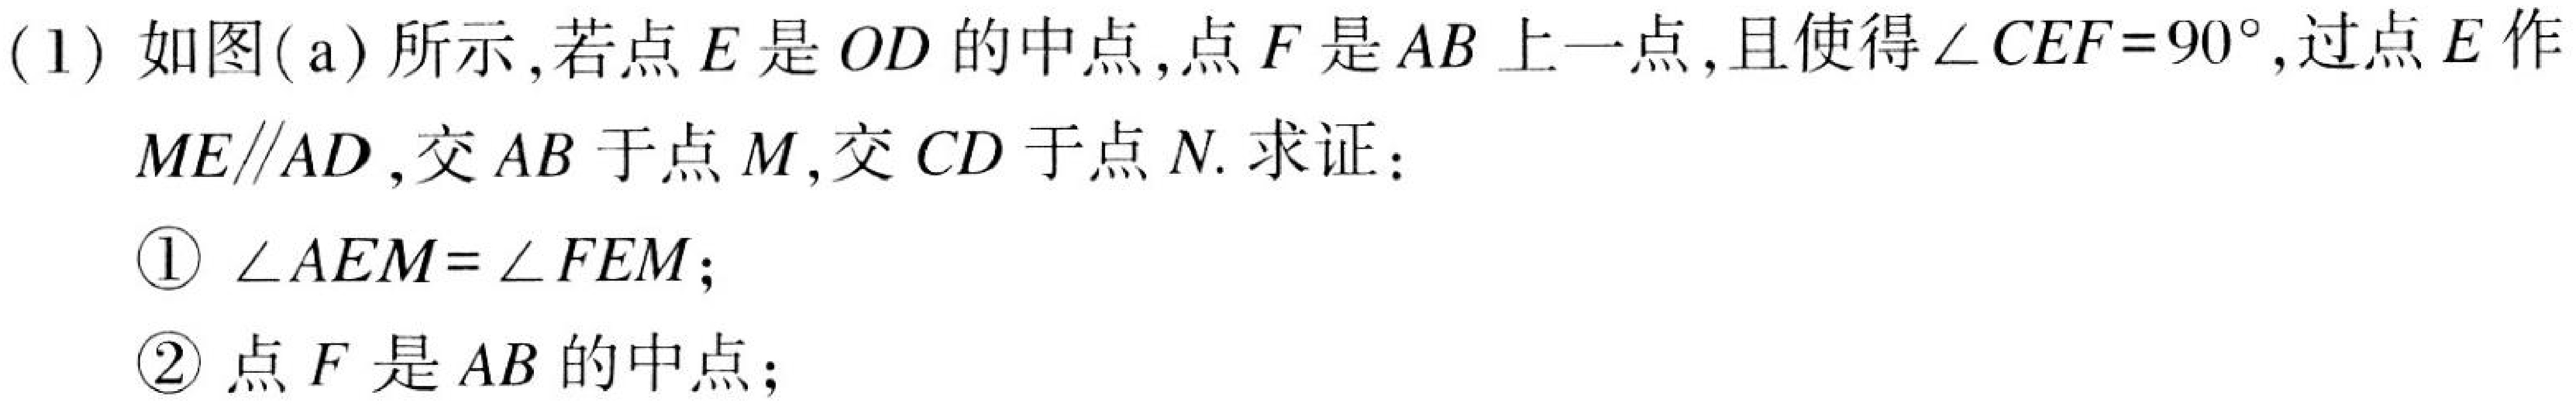
(1) 如图(a)所示,若点\(E\)是\(OD\)的中点,点\(F\)是\(AB\)上一点,且使得\(\angle CEF = 90^{\circ}\),过点\(E\)作
\(ME\parallel AD\),交\(AB\)于点\(M\),交\(CD\)于点\(N\). 求证：
\textcircled{1} \(\angle AEM=\angle FEM\);
\textcircled{2} 点\(F\)是\(AB\)的中点;